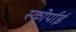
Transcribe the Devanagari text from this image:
स्कोर्पाई